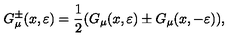
G _ { \mu } ^ { \pm } ( x , \varepsilon ) = \frac 1 2 ( G _ { \mu } ( x , \varepsilon ) \pm G _ { \mu } ( x , - \varepsilon ) ) ,